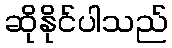
ဆိုနိုင်ပါသည်